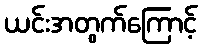
ယင်းအတွက်ကြောင့်